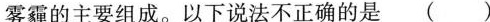
雾霾的主要组成。以下说法不正确的是()